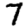
Digit: 7